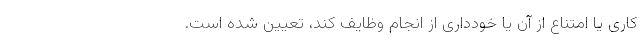
کاری یا امتناع از آن یا خودداری از انجام وظایف کند، تعیین شده است.